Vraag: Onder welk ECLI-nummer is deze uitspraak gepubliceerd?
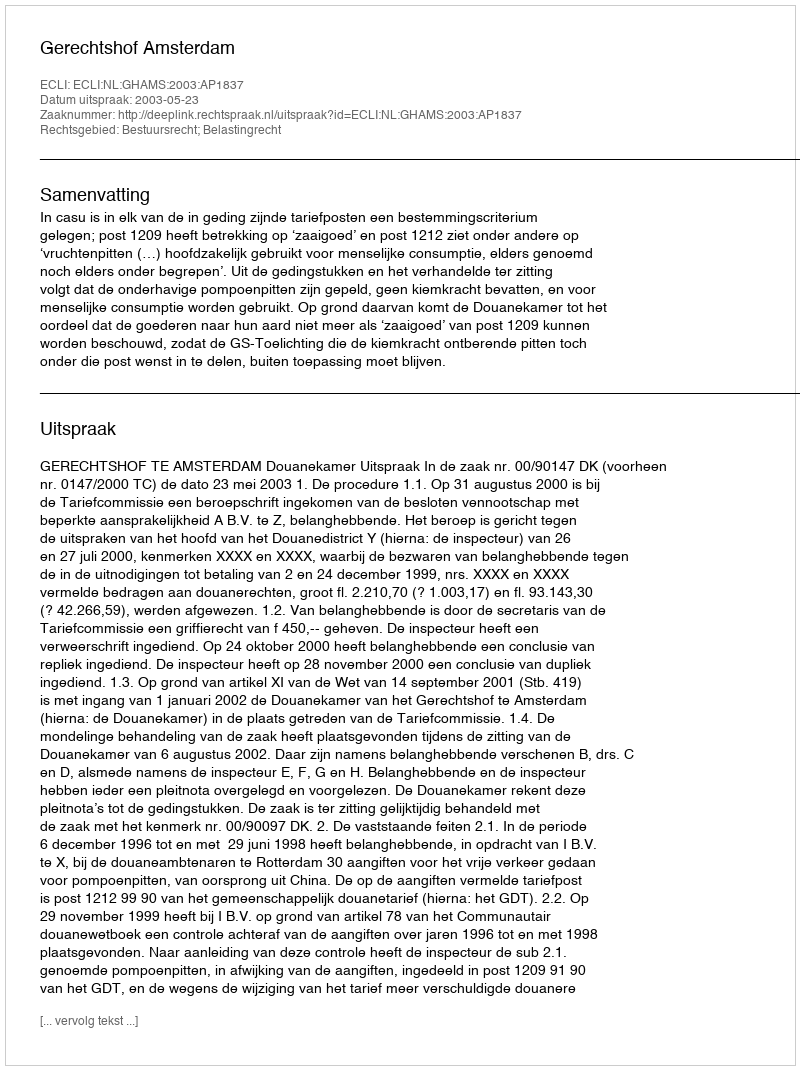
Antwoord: ECLI:NL:GHAMS:2003:AP1837